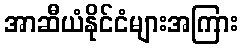
အာဆီယံနိုင်ငံများအကြား